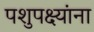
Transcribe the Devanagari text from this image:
पशुपक्ष्यांना